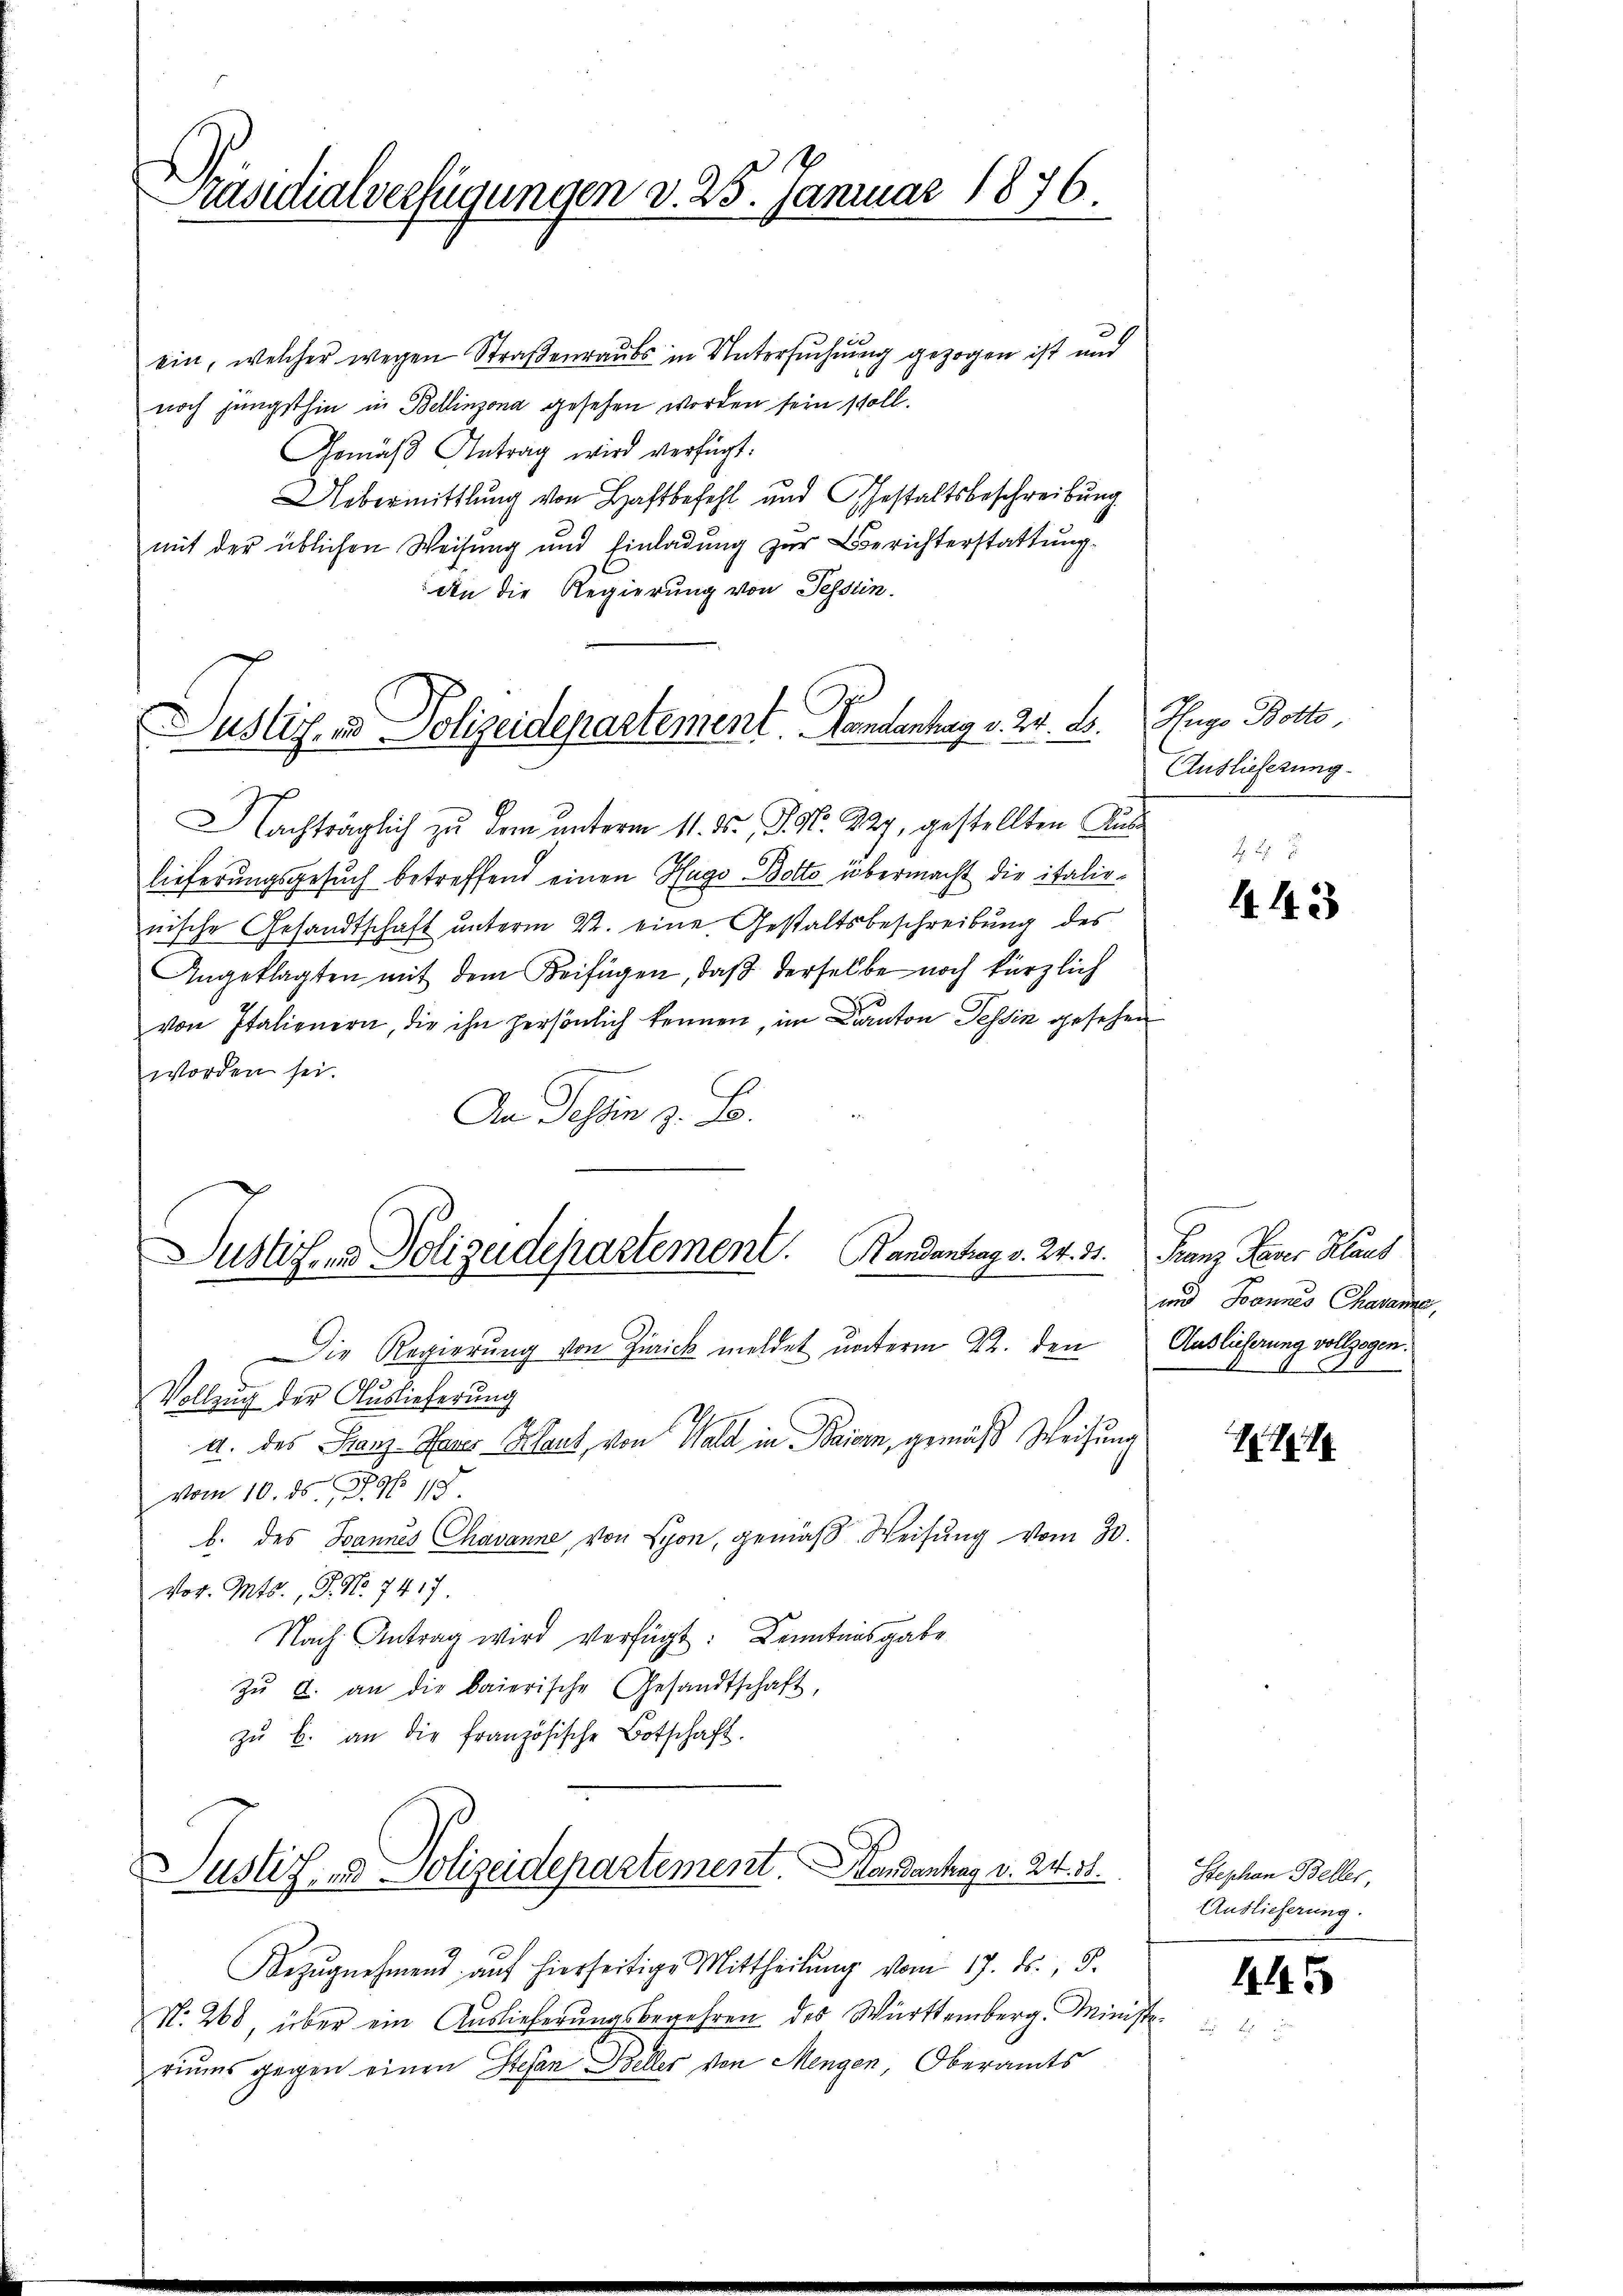
Präsidialverfügungen d. 25. Januar 1876.

ein, welcher wegen Straßenraubs in Untersuchung gezogen ist und
noch jüngsthin in Bellinzona gesehen worden sein soll.
Gemäß Antrag wird verfügt:
Uebermittlung von Haftbefehl und Gestaltsbeschreibung
mit der üblichen Weisung und Einladung zur Berichterstattung
An die Regierung von Tessin.

Justiz- und Polizeidepartement. Handenhag v. 24. B.

Nachträglich zŭ dem ŭnterm 11. ds., S. Nr. 227, gestellten Auslieferungsgesuch betreffend einen Hugo Botto übermacht die italie-
nische Gesandtschaft unterm 22. eine Gestaltsbeschreibung des
Angeklagten mit dem Beifügen, daß derselbe noch kürzlich
von Italienern, die ihn persönlich kennen, im Canton Tessin gesehen
worden sei.
An Tessin z. B.
Die Regierung von Zürich meldet unterm 22. den Auslicherung vollzogen.
Vollzug der Auslieferung
a. des Franz-Reser Klaut, von Wald in Baiern, gemäß Weisung
vom 10. ds. J. N. 118.
b. des Jannes Chavanne von Lyon, gemäß Weisung vom 30.
vor. Mts., S. Nr. 7417.
Nach Antrag wird verfügt: Kenntnisgabe
zŭ a. an die baierische Gesandtschaft,
zŭ b. an die französische Botschaft.

Justizen Polizeidepartement. Handentrag v. 24. 31. Franz Parer Klaus

Justiz & Polizeidepartement. Handantag v. 24. 31.

Bezŭgnehmend aŭf hierseitige Mittheilŭng vom 17. ds., 5.
N. 268, über ein Auslieferungsbegehren des Württemberg. Ministeriums gegen einen Stefan Beller von Mengen, Oberamts

Hugo Bolte,
Auslieferung

443

und Joannes Charama,

1

Stephan Beller,
Auslieferung.

44